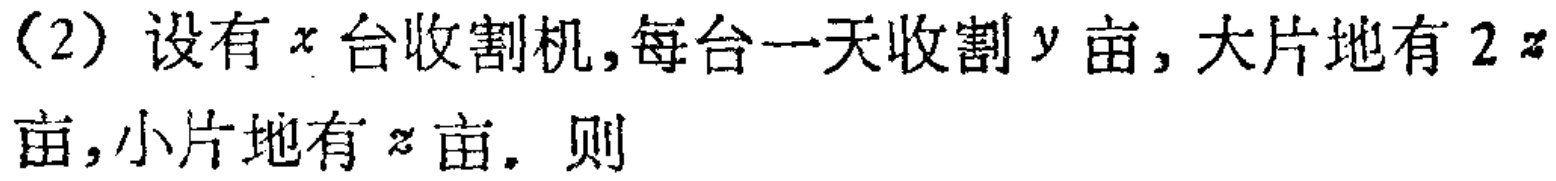
（2）设有\(x\)台收割机,每台一天收割\(y\)亩, 大片地有\(2z\)亩,小片地有\(z\)亩. 则